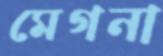
মেগনা